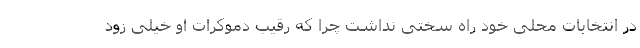
در انتخابات محلی خود راه سختی نداشت چرا که رقیب دموکرات او خیلی زود